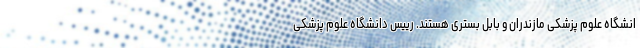
انشگاه علوم پزشکی مازندران و بابل بستری هستند. رییس دانشگاه علوم پزشکی